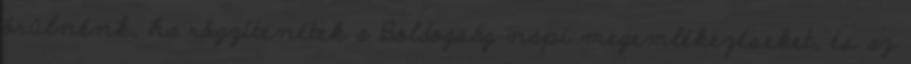
örülnénk, ha rögzítenétek a Boldogság napi megemlékezéseket, és az